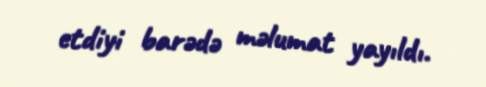
etdiyi barədə məlumat yayıldı.